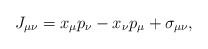
\begin{align*}J_{\mu\nu}=x_\mu p_\nu-x_\nu p_\mu+\sigma_{\mu\nu}, \end{align*}